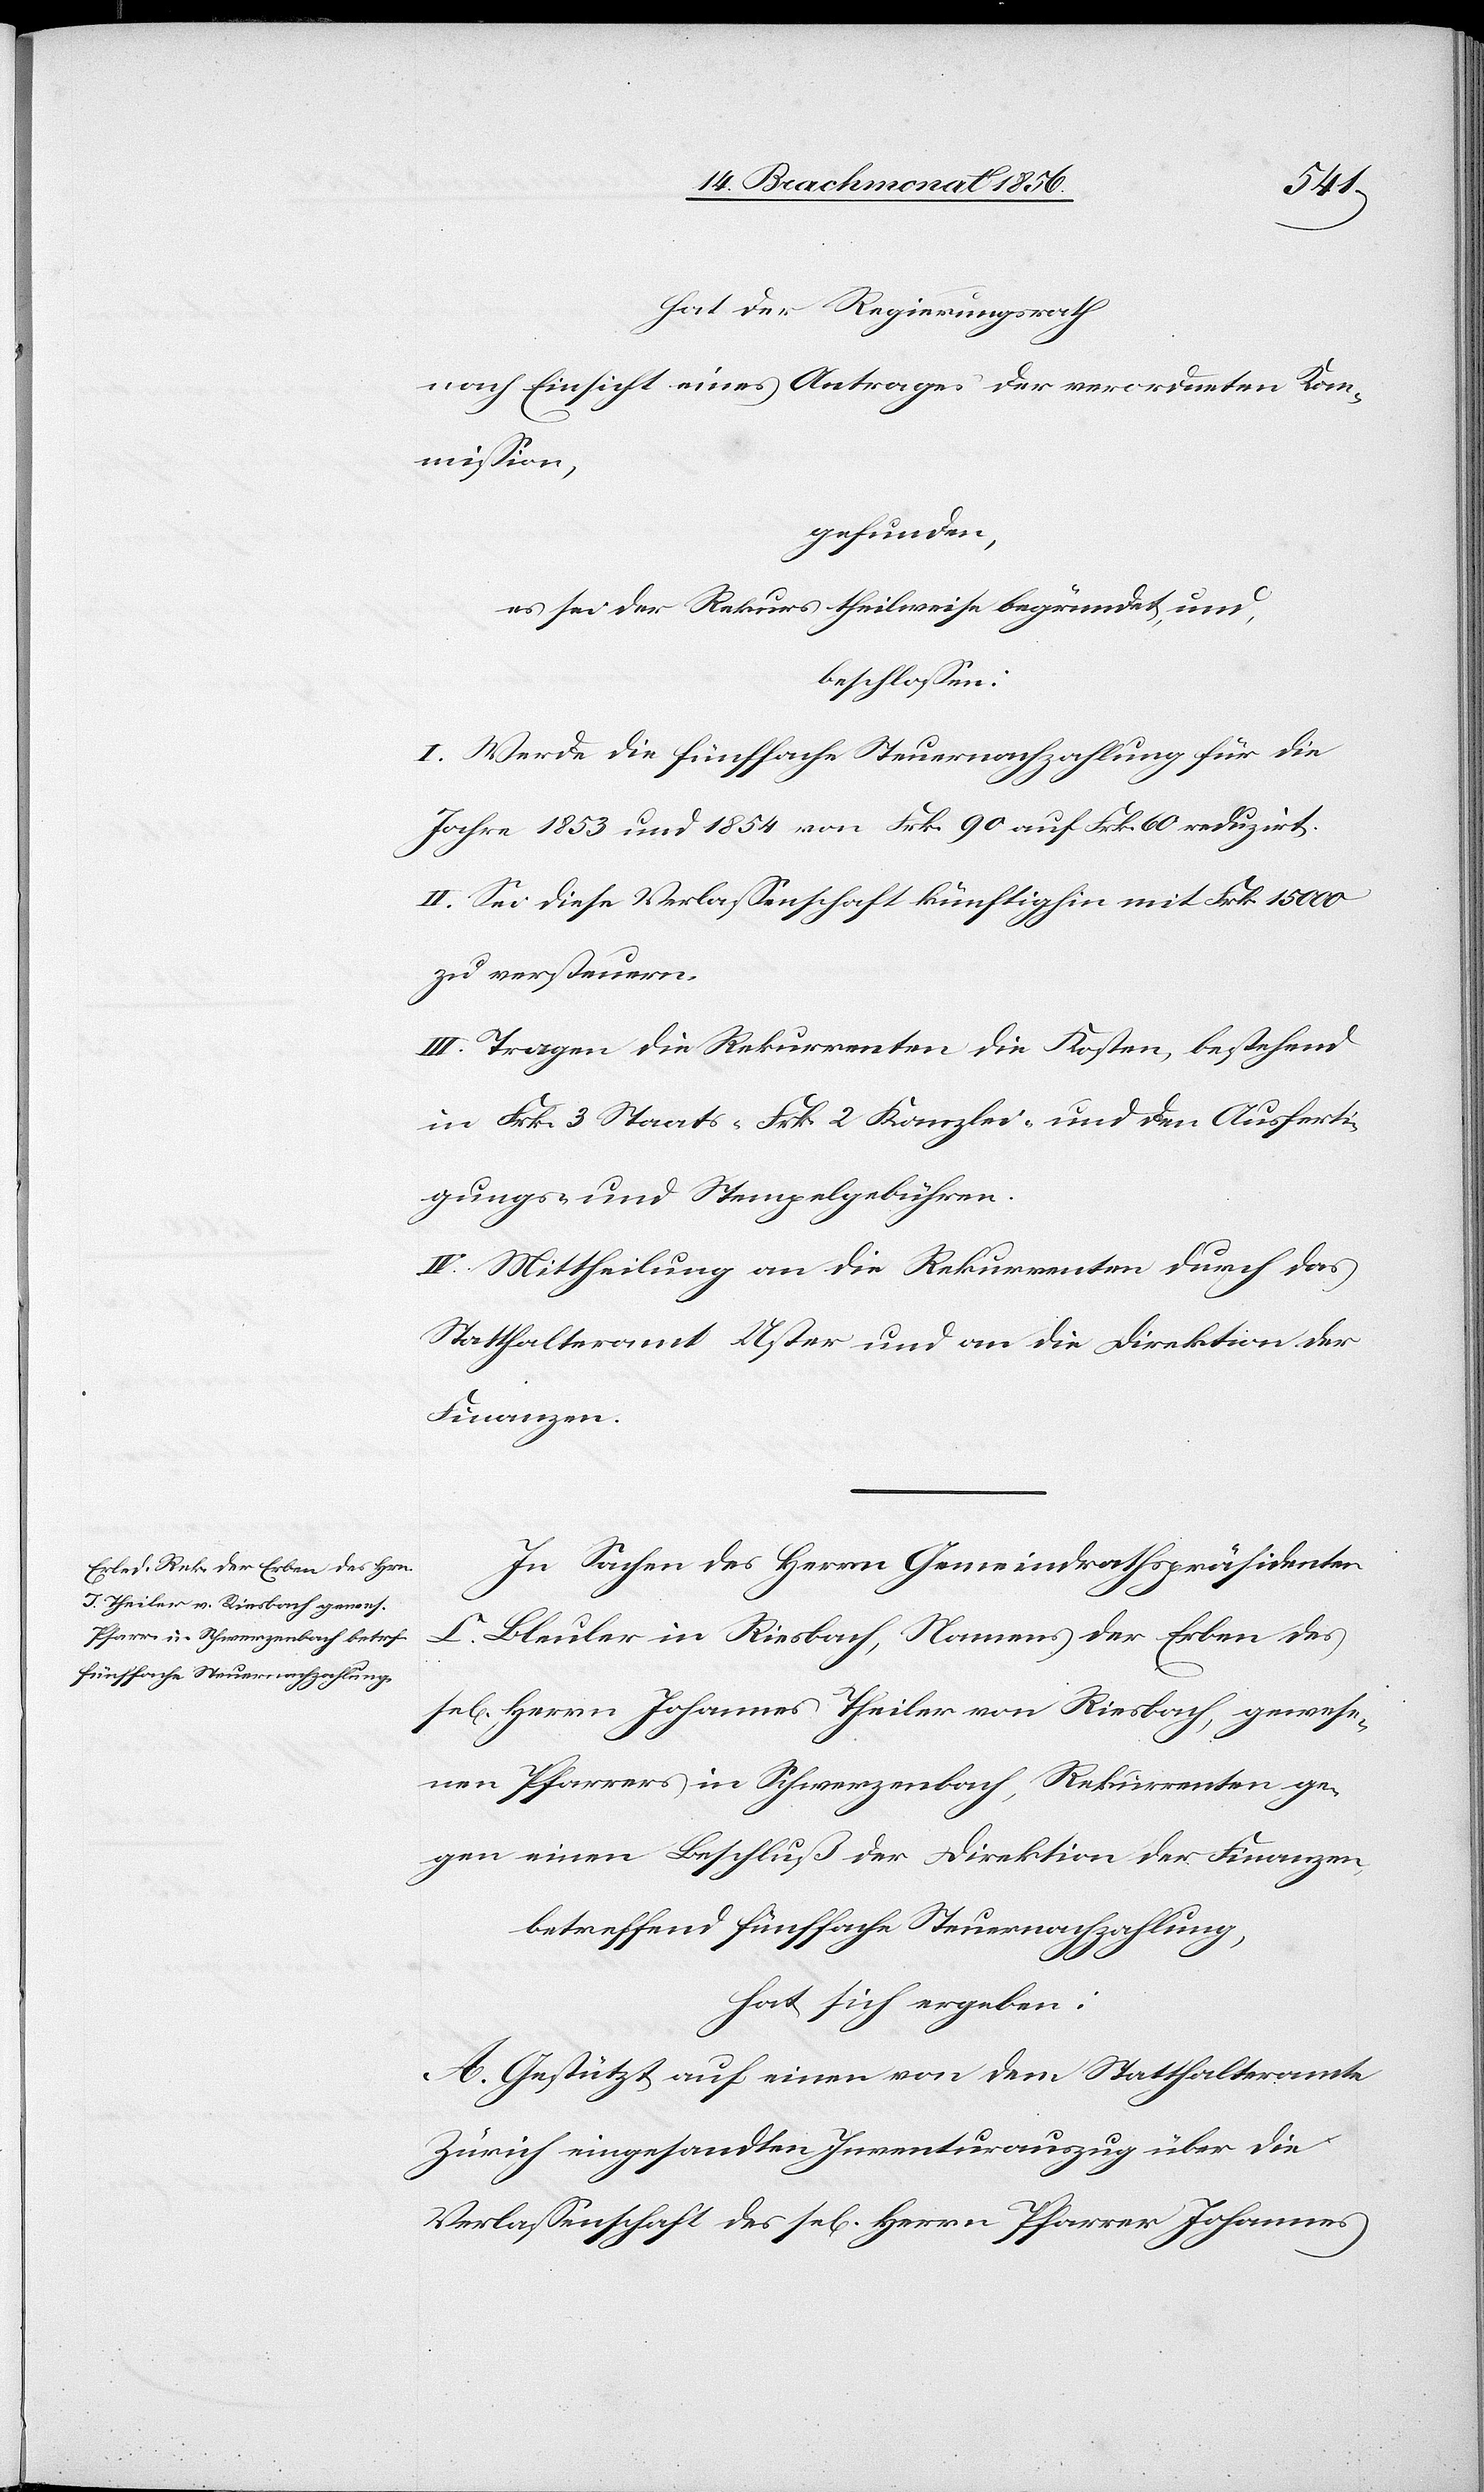
hat der Regierungsrath
nach Einsicht eines Antrages der verordneten Kom¬
mission,
gefunden,
es sei der Rekurs theilweise begründet und,
beschlossen:
I. Werde die fünffache Steuernachzahlung für die
Jahre 1853 und 1854 von Frk. 90 auf Frk. 60 reduzirt.
II. Sei diese Verlassenschaft künftig in mit Frk. 15000
zu versteuern.
III. Tragen die Rekurrenten die Kosten, bestehend
in Frk. 3 Staats- [,] Frk. 2 Kanzlei- und den Ausferti¬
gungs- und Stempelgebühren.
IV. Mittheilung an die Rekurrenten durch das
Statthalteramt Uster und an die Direktion der
Finanzen.
In Sachen des Herrn Gemeindrathspräsidenten
C. Bleuler in Riesbach, Namens der Erben des
Herrn Johannes Theiler von Riesbach, gewese¬
nen Pfarrers in Schwerzenbach, Rekurrenten ge¬
gen einen Beschluß der Direktion der Finanzen
betreffend fünffache Steuernachzahlung,
hat sich ergeben:
A. Gestützt auf einen von dem Statthalteramte
Zürich eingesandten Inventurauszug über die
Verlassenschaft des sel[igen] Herrn Pfarrer Johannes